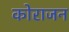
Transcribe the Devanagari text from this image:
कोराजन